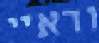
ודאיי